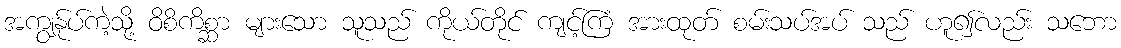
အကျွန်ုပ်ကဲ့သို့ ဝိစိကိစ္ဆာ များသော သူသည် ကိုယ်တိုင် ကျင့်ကြံ အားထုတ် စမ်းသပ်အပ် သည် ဟူ၍လည်း သဘော